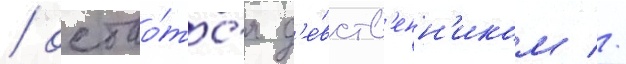
/ остао́тс'я д'е́вств'енн'иком //